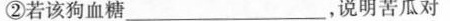
②若该狗血糖______，说明苦瓜对